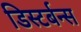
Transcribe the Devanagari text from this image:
डिस्टर्बन्स